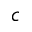
c